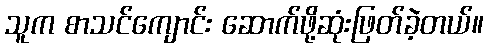
သူက စာသင်ကျောင်း ဆောက်ဖို့ဆုံးဖြတ်ခဲ့တယ်။